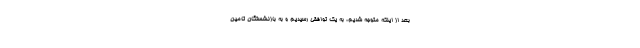
بعد از اینکه متوجه شدیم، به یک توافقی رسیدیم و به بازنشستگان تامین